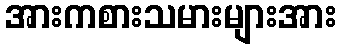
အားကစားသမားများအား